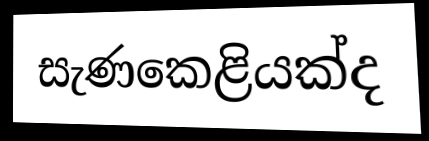
සැණකෙළියක්ද